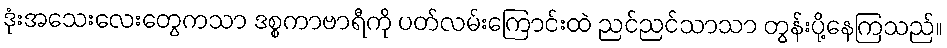
ဒုံးအသေးလေးတွေကသာ ဒစ္စကာဗာရီကို ပတ်လမ်းကြောင်းထဲ ညင်ညင်သာသာ တွန်းပို့နေကြသည်။